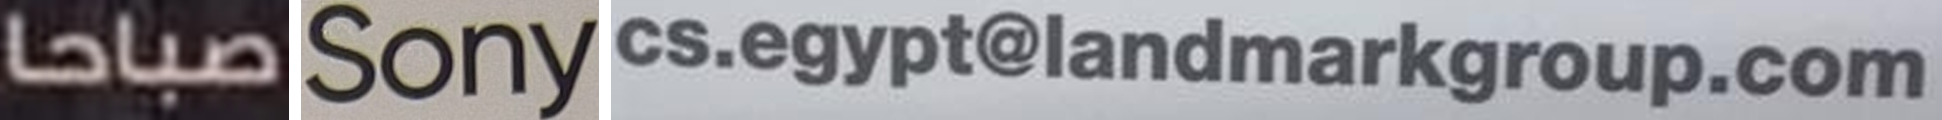
صباحا Sony cs.egypt@landmarkgroup.com